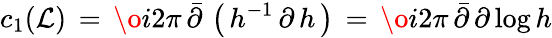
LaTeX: c_{1}({\cal L})\, =\, \o{i}{2\pi}\, {\bar{\partial}}\, \left(\, h^{-1}\, \partial\, h\, \right)\, =\, \o{i}{2\pi}\, {\bar{\partial}}\, \partial\, \mathrm{log}\, h